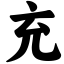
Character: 充